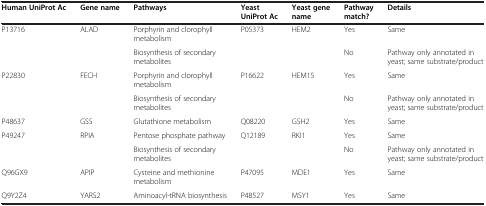
<table><thead><tr><td><b>Human UniProt Ac</b></td><td><b>Gene name</b></td><td><b>Pathways</b></td><td><b>Yeast UniProt Ac</b></td><td><b>Yeast gene name</b></td><td><b>Pathway match?</b></td><td><b>Details</b></td></tr></thead><tbody><tr><td>P13716</td><td>ALAD</td><td>Porphyrin and clorophyll metabolism</td><td>P05373</td><td>HEM2</td><td>Yes</td><td>Same</td></tr><tr><td> </td><td> </td><td>Biosynthesis of secondary metabolites</td><td> </td><td> </td><td>No</td><td>Pathway only annotated in yeast; same substrate/product</td></tr><tr><td>P22830</td><td>FECH</td><td>Porphyrin and clorophyll metabolism</td><td>P16622</td><td>HEM15</td><td>Yes</td><td>Same</td></tr><tr><td> </td><td> </td><td>Biosynthesis of secondary metabolites</td><td> </td><td> </td><td>No</td><td>Pathway only annotated in yeast; same substrate/product</td></tr><tr><td>P48637</td><td>GSS</td><td>Glutathione metabolism</td><td>Q08220</td><td>GSH2</td><td>Yes</td><td>Same</td></tr><tr><td>P49247</td><td>RPIA</td><td>Pentose phosphate pathway</td><td>Q12189</td><td>RKI1</td><td>Yes</td><td>Same</td></tr><tr><td> </td><td> </td><td>Biosynthesis of secondary metabolites</td><td> </td><td> </td><td>No</td><td>Pathway only annotated in yeast; same substrate/product</td></tr><tr><td>Q96GX9</td><td>APIP</td><td>Cysteine and methionine metabolism</td><td>P47095</td><td>MDE1</td><td>Yes</td><td>Same</td></tr><tr><td>Q9Y2Z4</td><td>YARS2</td><td>Aminoacyl-tRNA biosynthesis</td><td>P48527</td><td>MSY1</td><td>Yes</td><td>Same</td></tr></tbody></table>